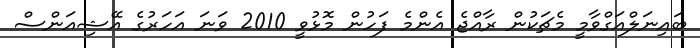
ބައިނަލްއަގްވާމީ މެޗަކުން ރާއްޖެ އެންމެ ފަހުން މޮޅުވީ 2010 ވަނަ އަހަރުގެ އޭޝިއަންސް